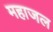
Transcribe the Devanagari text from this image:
महाजल